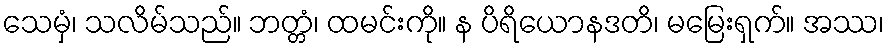
သေမှံ၊ သလိမ်သည်။ ဘတ္တံ၊ ထမင်းကို။ န ပိရိယောနဒတိ၊ မမြေးရှက်။ အဿ၊